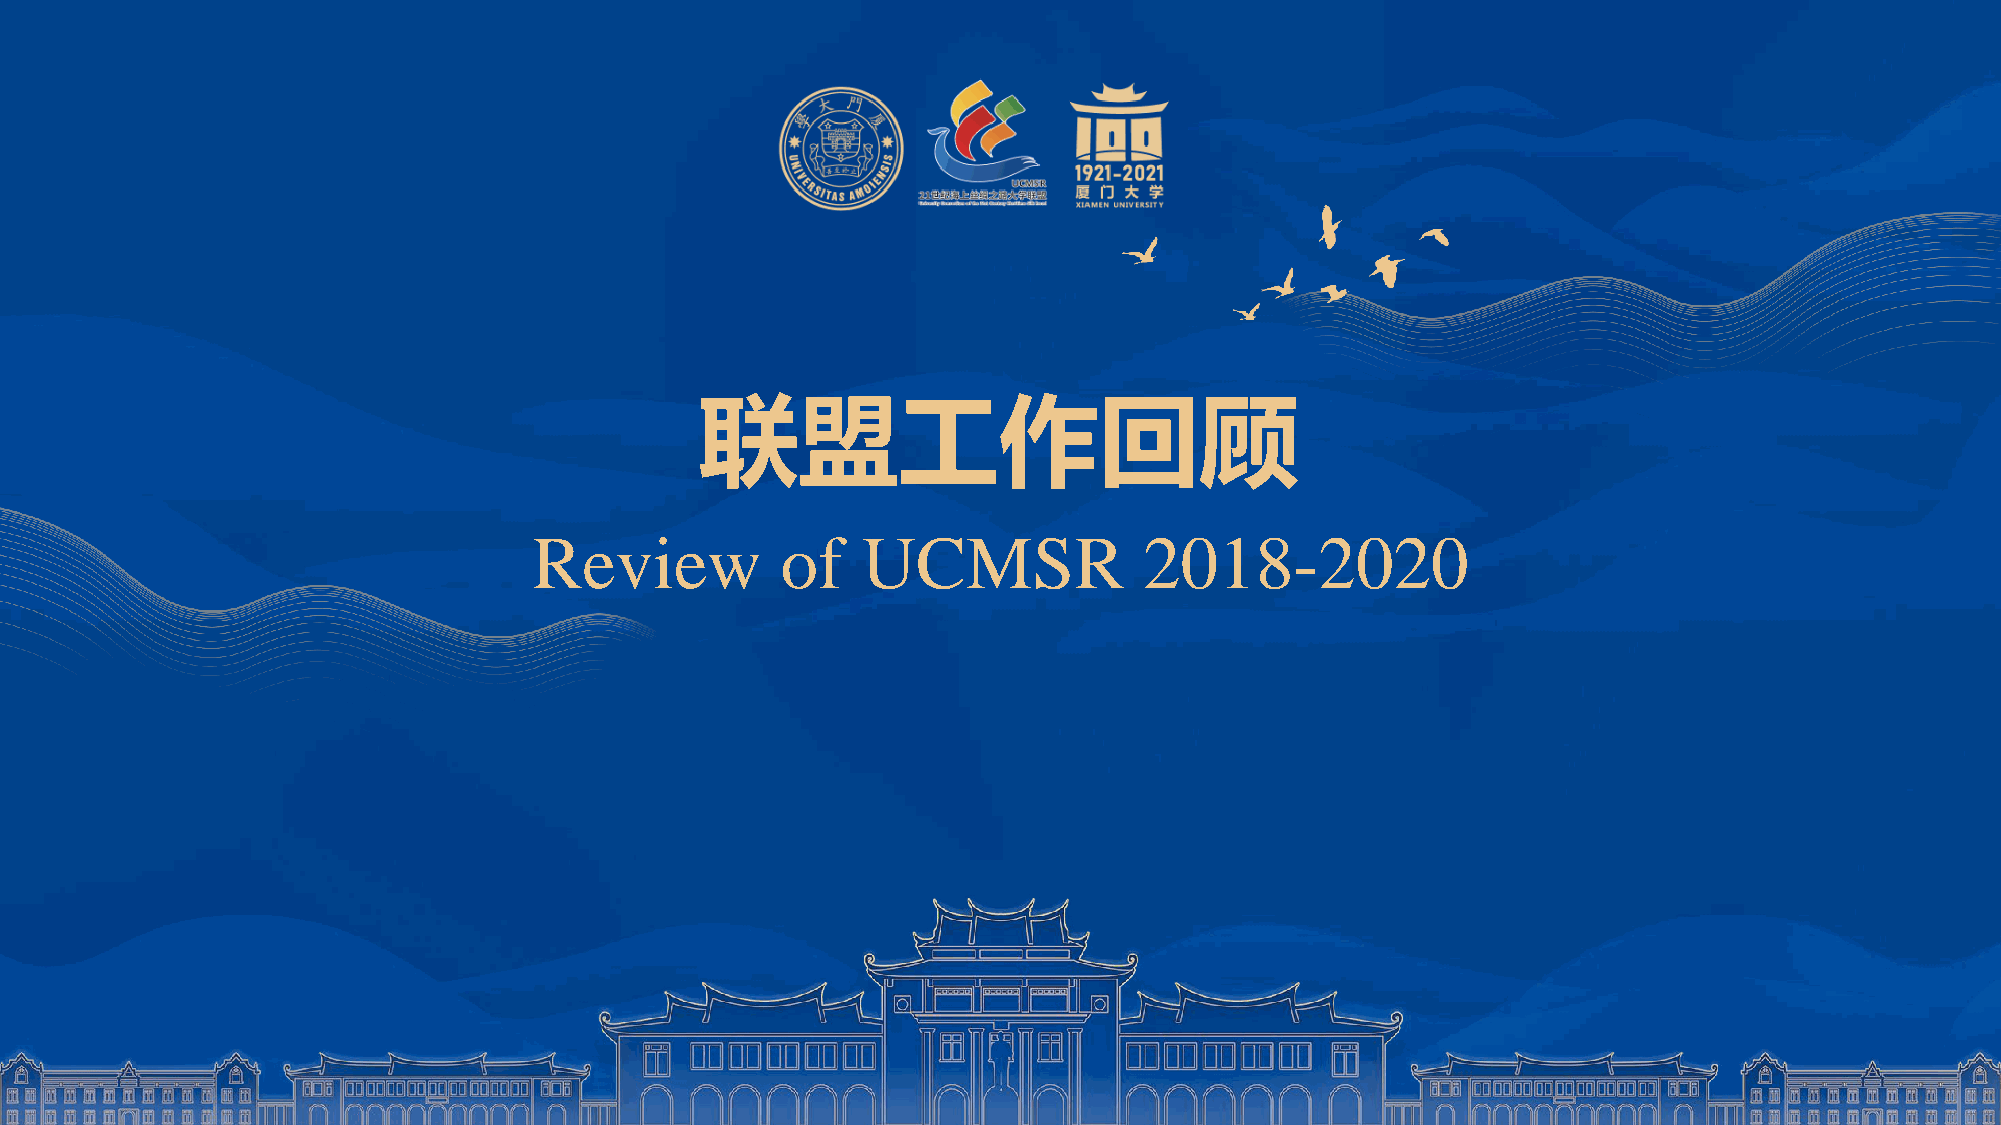
联盟工作回顾
 Review           of   UCMSR              2018-2020